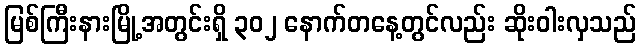
မြစ်ကြီးနားမြို့အတွင်းရှိ ၃၀၂ နောက်တနေ့တွင်လည်း ဆိုးဝါးလှသည်